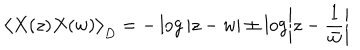
\big \langle X ( z ) X ( w ) \big \rangle _ { D } = - \log | z - w | \pm \log \left| z - \frac 1 { \bar { w } } \right|